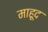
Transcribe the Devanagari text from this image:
माहूद